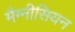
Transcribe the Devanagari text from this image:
मैग्नीसियन